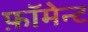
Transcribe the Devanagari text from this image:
फ़ॉमेन्ट